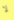
لا